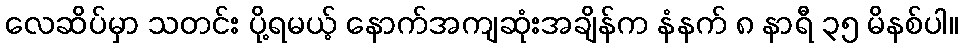
လေဆိပ်မှာ သတင်း ပို့ရမယ့် နောက်အကျဆုံးအချိန်က နံနက် ၈ နာရီ ၃၅ မိနစ်ပါ။